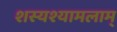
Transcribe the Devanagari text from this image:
शस्यश्यामलाम्